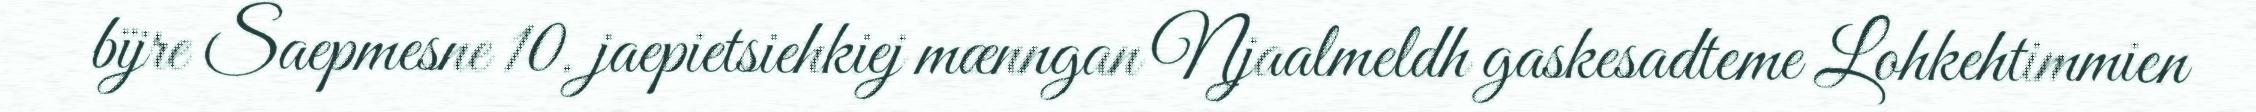
bïjre Saepmesne 10. jaepietsiehkiej mænngan Njaalmeldh gaskesadteme Lohkehtimmien